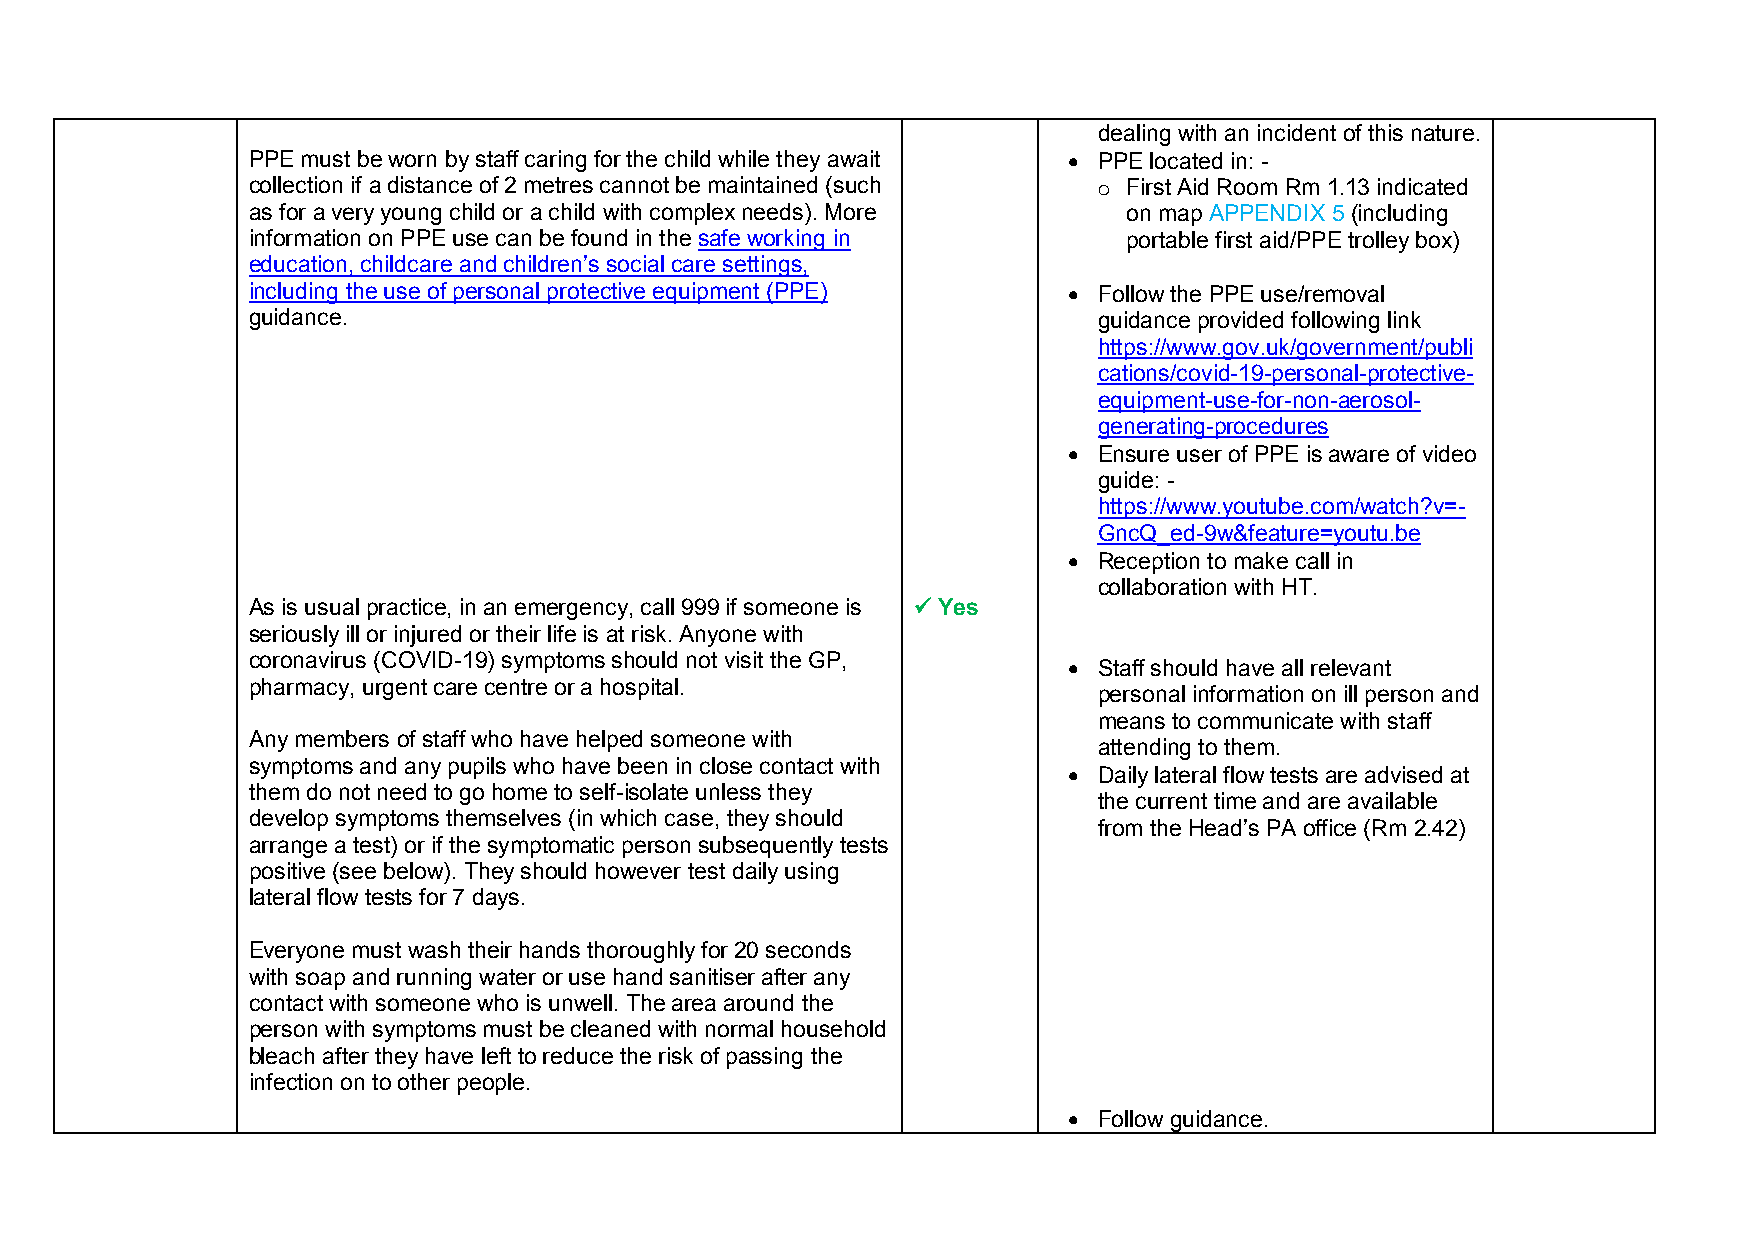
dealing with an incident of this nature.
 PPE must be worn by staff caring for the child while they await  PPE located in: -
 collection if a distance of 2 metres cannot be maintained (such o First Aid Room Rm 1.13 indicated
 as for a very young child or a child with complex needs). More on map APPENDIX 5 (including
 information on PPE use can be found in the safe working in portable first aid/PPE trolley box)
 education, childcare and children’s social care settings,
 including the use of personal protective equipment (PPE)  Follow the PPE use/removal
 guidance.                                                guidance provided following link
 https://www.gov.uk/government/publi
 cations/covid-19-personal-protective-
 equipment-use-for-non-aerosol-
 generating-procedures
  Ensure user of PPE is aware of video
 guide: -
 https://www.youtube.com/watch?v=-
 GncQ_ed-9w&feature=youtu.be
  Reception to make call in
 collaboration with HT.
 As is usual practice, in an emergency, call 999 if someone is  Yes
 seriously ill or injured or their life is at risk. Anyone with
 coronavirus (COVID-19) symptoms should not visit the GP,  Staff should have all relevant
 pharmacy, urgent care centre or a hospital.
 personal information on ill person and
 means to communicate with staff
 Any members of staff who have helped someone with
 attending to them.
 symptoms and any pupils who have been in close contact with
  Daily lateral flow tests are advised at
 them do not need to go home to self-isolate unless they
 the current time and are available
 develop symptoms themselves (in which case, they should
 from the Head’s PA office (Rm 2.42)
 arrange a test) or if the symptomatic person subsequently tests
 positive (see below). They should however test daily using
 lateral flow tests for 7 days.
 Everyone must wash their hands thoroughly for 20 seconds
 with soap and running water or use hand sanitiser after any
 contact with someone who is unwell. The area around the
 person with symptoms must be cleaned with normal household
 bleach after they have left to reduce the risk of passing the
 infection on to other people.
  Follow guidance.